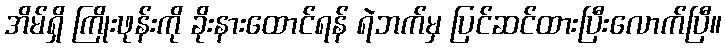
အိမ်ရှိ ကြိုးဖုန်းကို ခိုးနားထောင်ရန် ရဲဘက်မှ ပြင်ဆင်ထားပြီးလောက်ပြီ။